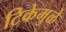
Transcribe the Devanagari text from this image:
टिकेमुळे